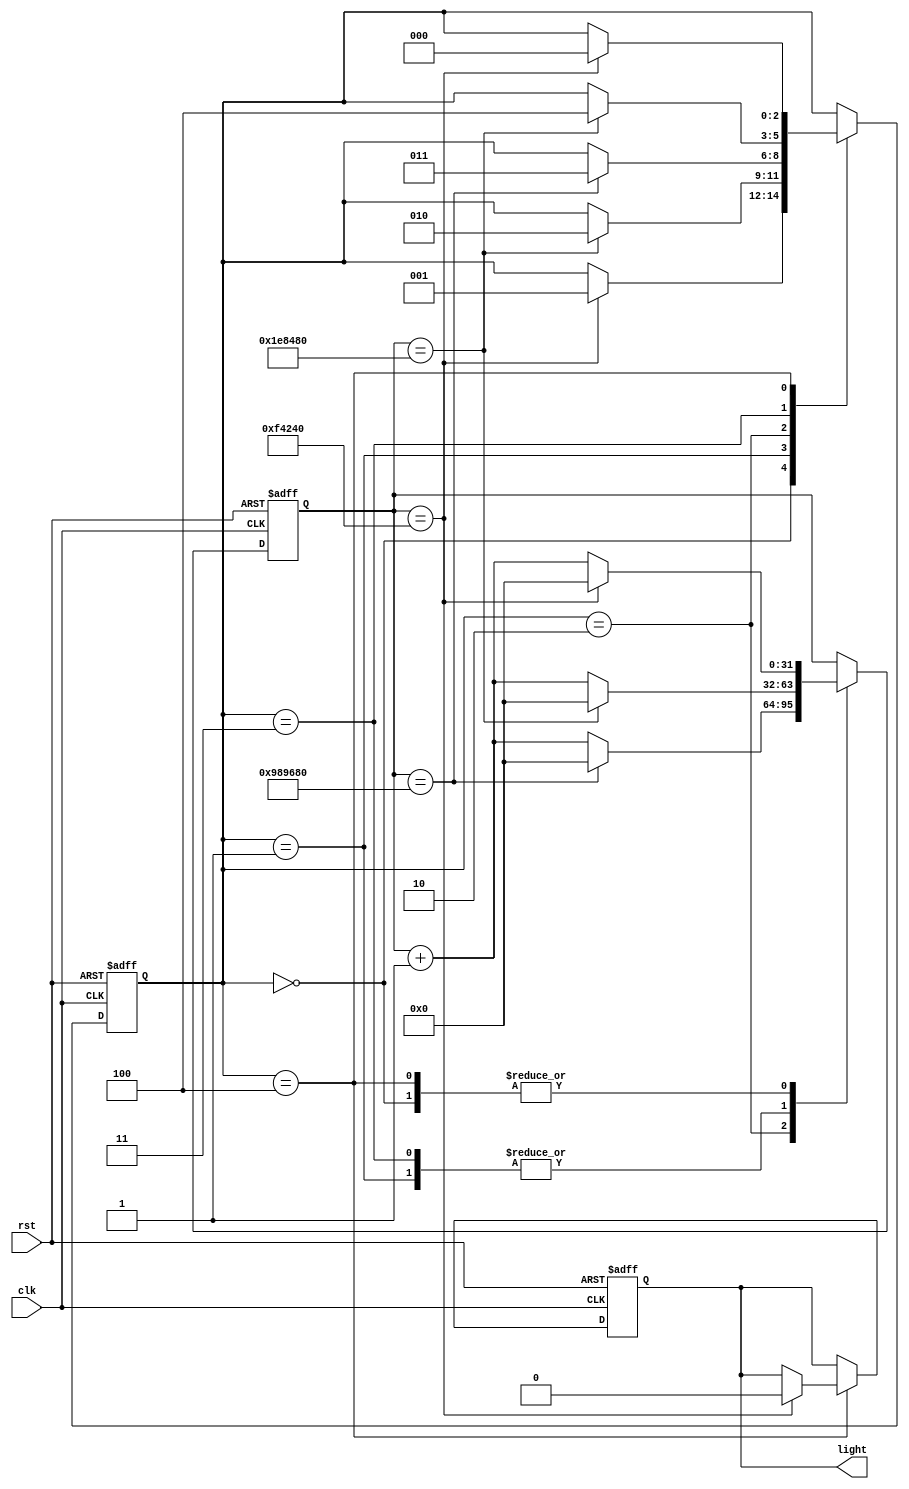
module Light(
	input wire clk,
	input wire rst,
	output reg light
);

reg [31:0] counter;
reg [2:0] state;

always @(posedge clk or posedge rst) begin
	if(rst) begin
		counter <= 0;
		state <= 0;
		light <= 0;
	end
	else begin
		case (state)
			0:begin
				if(counter == 1000000) begin
					counter <= 0;
					state <= 1;
				end
				else begin
					counter <= counter + 1;
				end
			end

			1:begin
				if(counter == 2000000) begin
					counter <= 0;
					state <= 2;

				end
				else begin
					counter <= counter + 1;
				end
			end

			2:begin
				if(counter == 10000000) begin
					counter <= 0;
					state <= 3;
				end
				else begin
					counter <= counter + 1;
				end
			end	

			3:begin
				if(counter == 2000000) begin
					counter <= 0;
					state <= 4;
				end
				else begin
					counter <= counter + 1;
				end
			end	
			4:begin
				if(counter == 1000000) begin
					counter <= 0;
					state <= 0;
					light <= 0;
				end
				else begin
					counter <= counter + 1;
				end				
			end
			default:begin
			end
		endcase
	end
end


endmodule